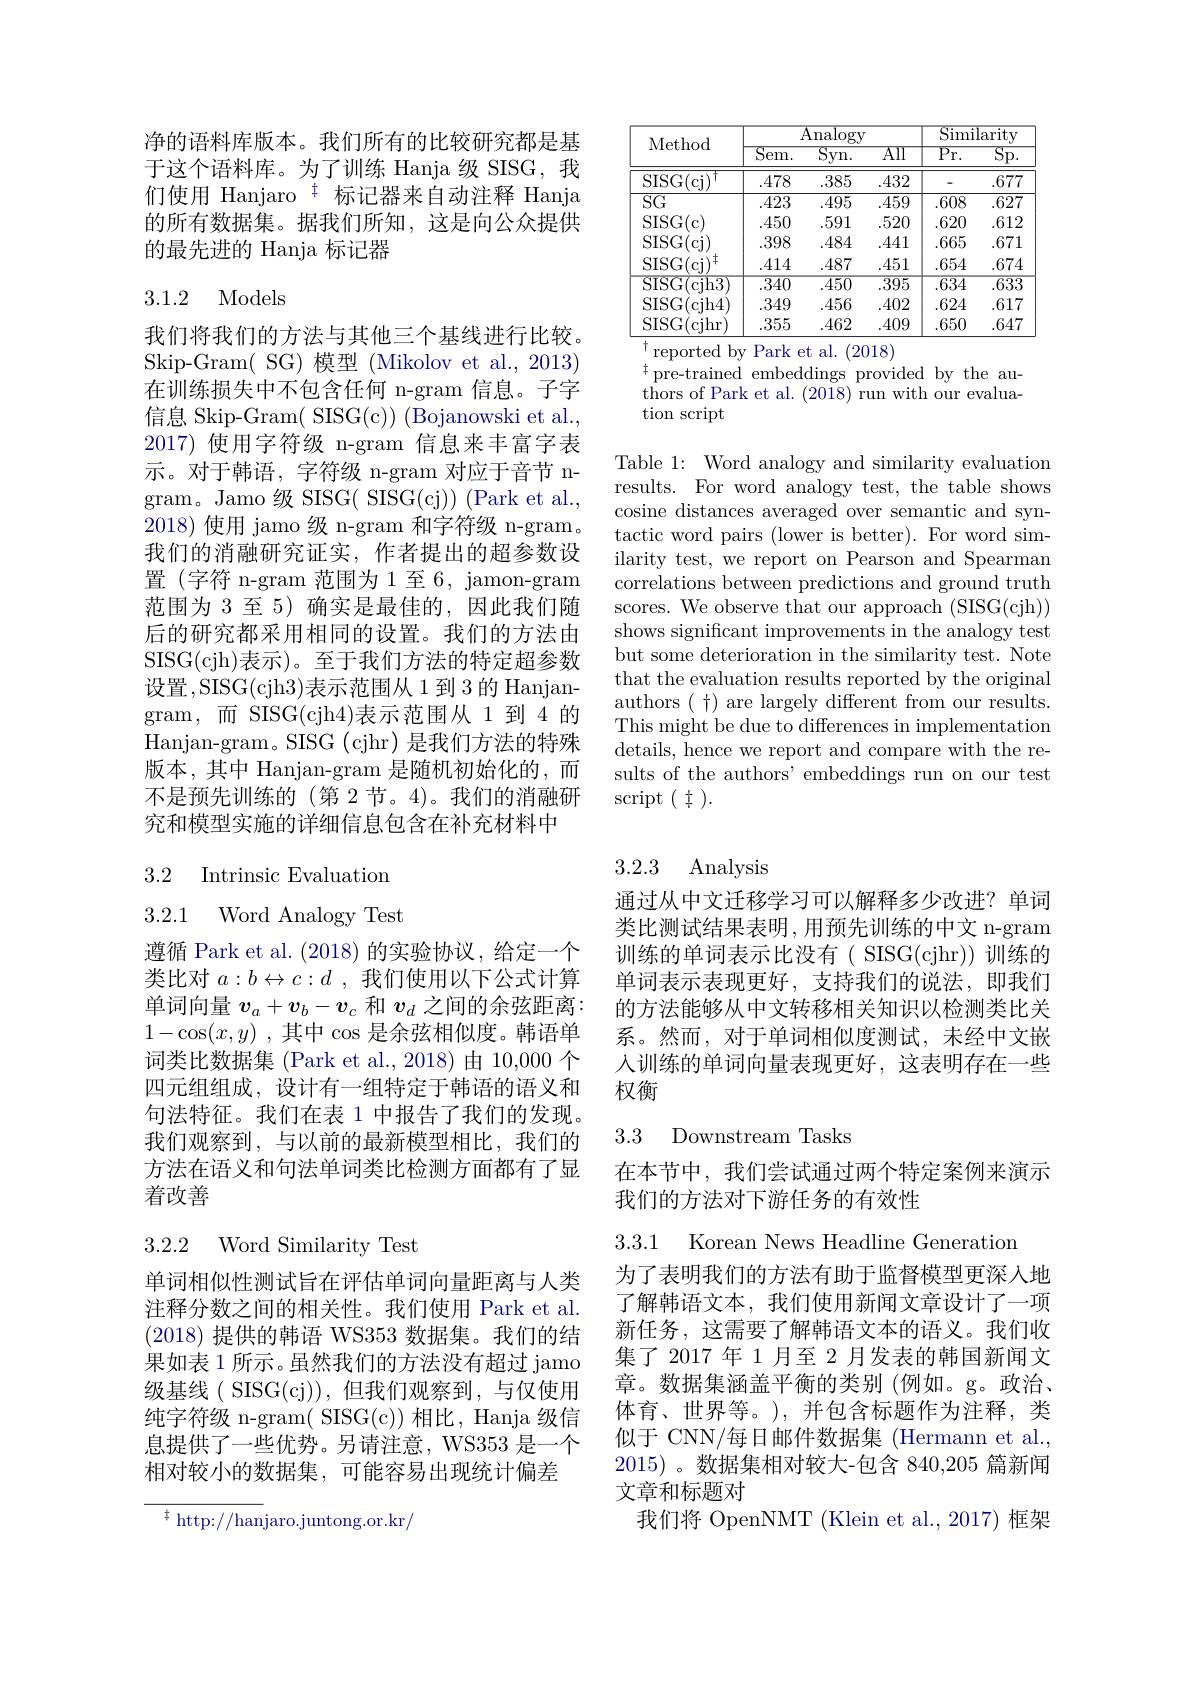
净的语料库版本。我们所有的比较研究都是基于这个语料库。为了训练 Hanja 级 SISG, 我们使用 Hanjaro $^{\ddagger}$标记器来自动注释 Hanja 的所有数据集。据我们所知，这是向公众提供的最先进的 Hanja 标记器

## 3.1.2 Models

我们将我们的方法与其他三个基线进行比较。Skip-Gram( SG) 模型 (Mikolov et al., 2013) 在训练损失中不包含任何 n-gram 信息。子字信息 Skip-Gram( SISG(c)) (Bojanowski et al., 2017) 使用字符级 n-gram 信息来丰富字表示。对于韩语，字符级 n-gram 对应于音节 ngram。Jamo 级 SISG( SISG(cj)) (Park et al., 2018)使用 jamo 级 n-gram 和字符级 n-gram。我们的消融研究证实，作者提出的超参数设置(字符 n-gram 范围为1至6，jamon-gram 范围为 3 至 5) 确实是最佳的，因此我们随后的研究都采用相同的设置。我们的方法由SISG(cjh)表示)。至于我们方法的特定超参数设置，SISG(cjh3)表示范围从1到3的Hanjangram,而 SISG(cjh4)表示范围从1到4的Hanjan- gram。SISG ( cjhr) 是我们方法的特殊版本，其中 Hanjan-gram 是随机初始化的，而不是预先训练的 (第 2 节。4)。我们的消融研究和模型实施的详细信息包含在补充材料中

3.2 Intrinsic Evaluation

# 3.2.1 Word Analogy Test

遵循 Park et al. (2018)的实验协议，给定一个类比对$a:b\leftrightarrow c:d$ ,我们使用以下公式计算单词向量$v_a+v_b-v_c$和$v_d$之间的余弦距离： $1- \cos ( x, y)$ ,其中 cos 是余弦相似度。韩语单词类比数据集 (Park et al.,2018)由 10,000 个四元组组成，设计有一组特定于韩语的语义和句法特征。我们在表 1 中报告了我们的发现。我们观察到，与以前的最新模型相比，我们的方法在语义和句法单词类比检测方面都有了显着改善

## 3.2.2 Word Similarity Test

单词相似性测试旨在评估单词向量距离与人类注释分数之间的相关性。我们使用 Park et al. (2018) 提供的韩语 WS353 数据集。我们的结果如表 1 所示。虽然我们的方法没有超过 jamo 级基线( SISG(cj)),但我们观察到，与仅使用纯字符级 n-gram( SISG(c)) 相比，Hanja 级信息提供了一些优势。另请注意，WS353 是一个相对较小的数据集，可能容易出现统计偏差

$^{\ddagger}$ http://hanjaro.juntong.or.kr/

<table>
	<tbody>
		<tr>
			<th rowspan="2">Method</th>
			<th colspan="3">${\mathrm{Analogy}}$</th>
			<th colspan="2">Similarity</th>
		</tr>
		<tr>
			<th>$\overline{\mathrm{Sem.}}$</th>
			<th>- $\underline{{\mathrm{Syn.}}}$</th>
			<th>$\overline{\mathrm{AII}}$</th>
			<th>$\overline{\mathrm{Pr}.}$</th>
			<th>$\overline{\mathrm{Sp}}.$</th>
		</tr>
		<tr>
			<td>SISG( cj$) ^{\dagger }$</td>
			<td>.478</td>
			<td>.385</td>
			<td>.432</td>
			<td>-</td>
			<td>.677</td>
		</tr>
		<tr>
			<td>$\overline{\mathrm{SG}}$</td>
			<td>.423</td>
			<td>.495</td>
			<td>.459</td>
			<td>.608</td>
			<td>.627</td>
		</tr>
		<tr>
			<td>$\operatorname{SISG(c)}$</td>
			<td>.450</td>
			<td>.591</td>
			<td>.520</td>
			<td>.620</td>
			<td>.612</td>
		</tr>
		<tr>
			<td>$SISG$ T</td>
			<td>.398</td>
			<td>.484</td>
			<td>.441</td>
			<td>.665</td>
			<td>.671</td>
		</tr>
		<tr>
			<td>SISG( cj) </td>
			<td>.414</td>
			<td>.487</td>
			<td>.451</td>
			<td>.654</td>
			<td>.674</td>
		</tr>
		<tr>
			<td>SISG(cjh3</td>
			<td>$\overline{.340}$</td>
			<td>.450</td>
			<td>$\overline{.395}$</td>
			<td>$\overline{.634}$</td>
			<td>$\overline{.633}$</td>
		</tr>
		<tr>
			<td>SISG( cjh4</td>
			<td>.349</td>
			<td>.456</td>
			<td>.402</td>
			<td>.624</td>
			<td>.617</td>
		</tr>
		<tr>
			<td>SISG( cjhr</td>
			<td>.355</td>
			<td>.462</td>
			<td>.409 1</td>
			<td>.650</td>
			<td>.647</td>
		</tr>
	</tbody>
</table>
$^{\dagger}$reported by Park et al.(2018)

$^{\dagger}$pre-trained embeddings provided by the au- $\bar{\text{thors of Park et al. }(20\bar{18})}$run with our evaluation script

Table 1: Word analogy and similarity evaluation results. For word analogy test, the table shows cosine distances averaged over semantic and syntactic word pairs (lower is better). For word similarity test, we report on Pearson and Spearman correlations between predictions and ground truth scores. We observe that our approach (SISG(cjh)) shows significant improvements in the analogy test but some deterioration in the similarity test. Note that the evaluation results reported by the original authors ( f) are largely different from our results. This might be due to differences in implementation details, hence we report and compare with the results of the authors' embeddings run on our test $\operatorname{script}(\begin{array}{c}{\dagger}\end{array}).$

3.2.3 Analysis

通过从中文迁移学习可以解释多少改进？单词类比测试结果表明，用预先训练的中文 n-gram 训练的单词表示比没有( SISG(cjhr)) 训练的单词表示表现更好，支持我们的说法，即我们的方法能够从中文转移相关知识以检测类比关系。然而，对于单词相似度测试，未经中文嵌人训练的单词向量表现更好，这表明存在一些权衡

### 3.3 Downstream Tasks

在本节中，我们尝试通过两个特定案例来演示
我们的方法对下游任务的有效性

3.3.1 Korean News Headline Generation

为了表明我们的方法有助于监督模型更深入地了解韩语文本，我们使用新闻文章设计了一项新任务，这需要了解韩语文本的语义。我们收集了 2017 年 1 月至 2 月发表的韩国新闻文章。数据集涵盖平衡的类别(例如。g。政治、 体育、世界等。),并包含标题作为注释，类似于 CNN/每日邮件数据集 (Hermann et al., 2015) 。数据集相对较大-包含 840,205 篇新闻文章和标题对
我们将 OpenNMT (Klein et al.,2017) 框架